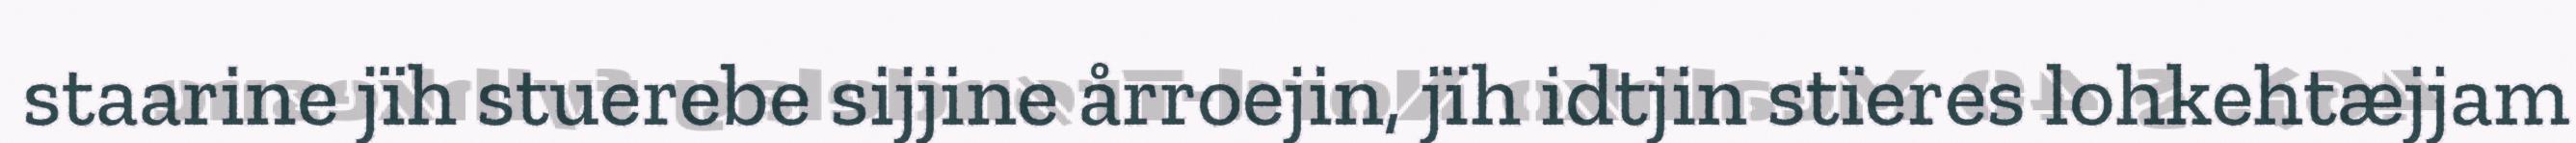
staarine jïh stuerebe sijjine årroejin, jïh idtjin stïeres lohkehtæjjam